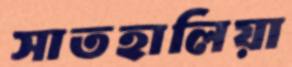
সাতহালিয়া